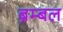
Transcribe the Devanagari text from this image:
ब्रेम्बल